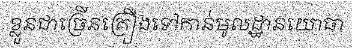
ខ្លួនជាច្រើនគ្រឿងទៅកាន់មូលដ្ឋានយោធា